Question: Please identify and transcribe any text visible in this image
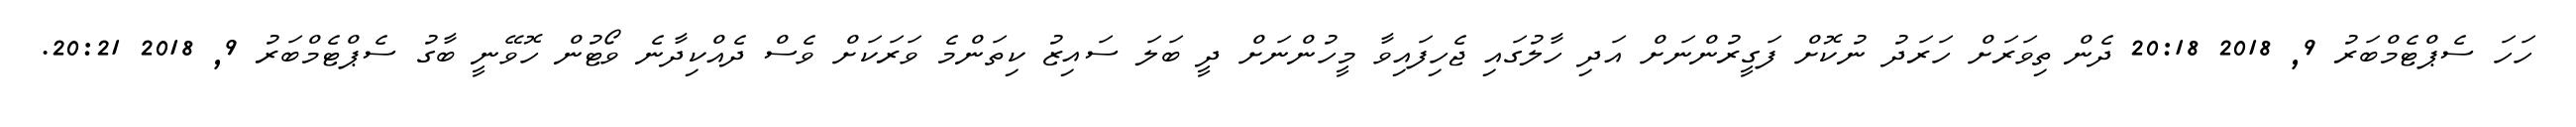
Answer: ހަހަ ސެޕްޓެމްބަރު 9, 2018 20:18 ދެން ތިވަރަށް ހަރަދު ނުކޮށް ފަގީރުންނަށް އަދި ހާލުގައި ޖެހިފައިވާ މީހުންނަށް ދީ ބަލަ ސައިޒު ކިތަންމެ ވަރަކަށް ވެސް ދެއްކިދާނެ ވޯޓުން ހޮވޭނީ ބާގު ސެޕްޓެމްބަރު 9, 2018 20:21.